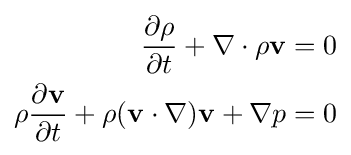
{\begin{aligned}{\frac {\partial \rho }{\partial t}}+\nabla \cdot \rho \mathbf {v} &=0\\\rho {\frac {\partial \mathbf {v} }{\partial t}}+\rho (\mathbf {v} \cdot \nabla )\mathbf {v} +\nabla p&=0\end{aligned}}